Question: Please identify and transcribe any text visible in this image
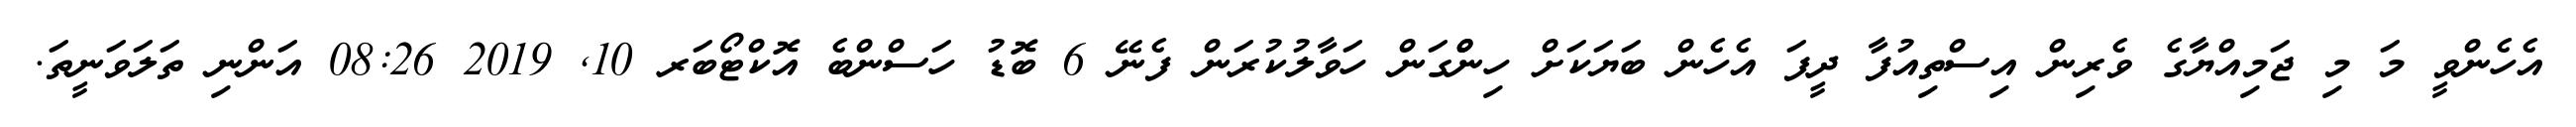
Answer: އެހެންވީ މަ މި ޖަމިއްޔާގެ ވެރިން އިސްތިއުފާ ދީފަ އެހެން ބަޔަކަށް ހިންްގަން ހަވާލުކުރަން ފެނޭ 6 ބޮޑު ހަސްންބެ އޮކްޓޯބަރ 10, 2019 08:26 އަންނި ތަލަވަނީތަ.